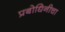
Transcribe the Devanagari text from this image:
प्रबोधिनीचा